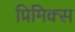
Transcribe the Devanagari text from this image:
प्रिमिक्स